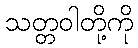
သတ္တဝါတို့ကို